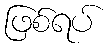
ဖြစ်ရပ်